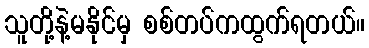
သူတို့နဲ့မနိုင်မှ စစ်တပ်ကထွက်ရတယ်။